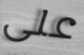
على